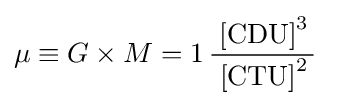
\mu \equiv G\times M=1\,{\frac {\;{\text{[CDU]}}^{3}\,}{\;{\text{[CTU]}}^{2}\,}}~